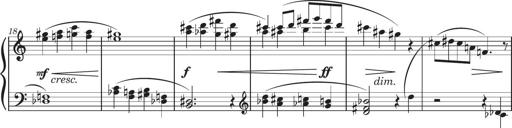
Title: Sonatine in 3 SÃ¤tzen
Composer: Gertrud Schweizer